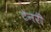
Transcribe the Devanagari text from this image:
टेनरी